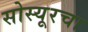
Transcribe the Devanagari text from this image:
सोस्यूरचा